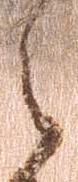
之